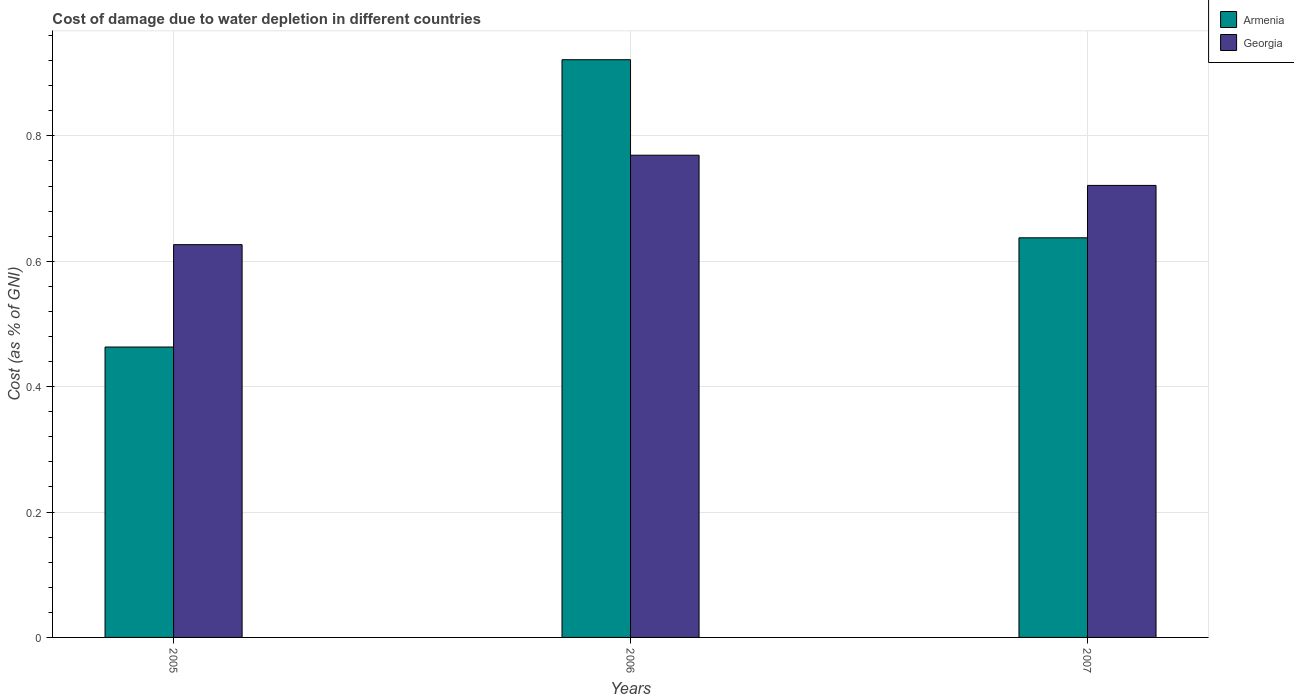
| Years | Armenia | Georgia |
 | --- | --- | --- |
 | 2005 | 0.463 | 0.627 |
 | 2006 | 0.921 | 0.769 |
 | 2007 | 0.637 | 0.721 |